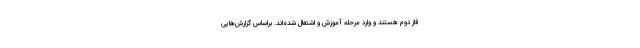
فاز دوم هستند و وارد مرحله آموزش و اشتغال شده‌اند. براساس گزارش‌هایی